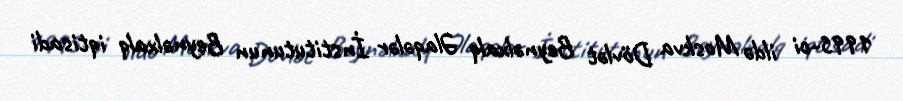
1995-ci ildə Moskva Dövlət Beynəlxalq Əlaqələr İnstitutunun Beynəlxalq iqtisadi